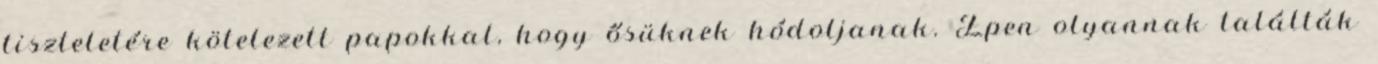
tiszteletére kötelezett papokkal, hogy ősüknek hódoljanak. Épen olyannak találták